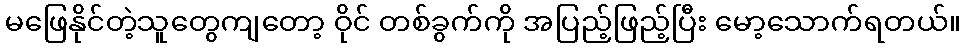
မဖြေနိုင်တဲ့သူတွေကျတော့ ဝိုင် တစ်ခွက်ကို အပြည့်ဖြည့်ပြီး မော့သောက်ရတယ်။